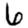
Digit: 6